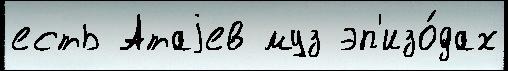
есть Атаjев муз эп'изо́дах